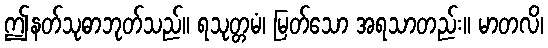
ဤနတ်သုဓာဘုတ်သည်။ ရသုတ္တမံ၊ မြတ်သော အရသာတည်း။ မာတလိ၊